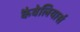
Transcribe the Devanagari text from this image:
कैवेलियार्स